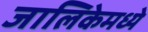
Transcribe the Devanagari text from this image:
जालिकेमध्ये